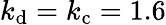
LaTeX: k_{\mathrm{d}}=k_{\mathrm{c}}=1.6